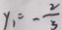
y _ { 1 } = - \frac { 2 } { 3 }